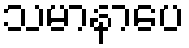
သမာနာပေ